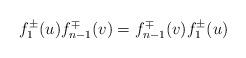
LaTeX: \begin{align*}f_{1}^{\pm}(u)f_{n-1}^{\mp}(v)=f_{n-1}^{\mp}(v)f_{1}^{\pm}(u)\end{align*}